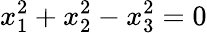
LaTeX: x_{1}^{2}+x_{2}^{2}-x_{3}^{2}=0